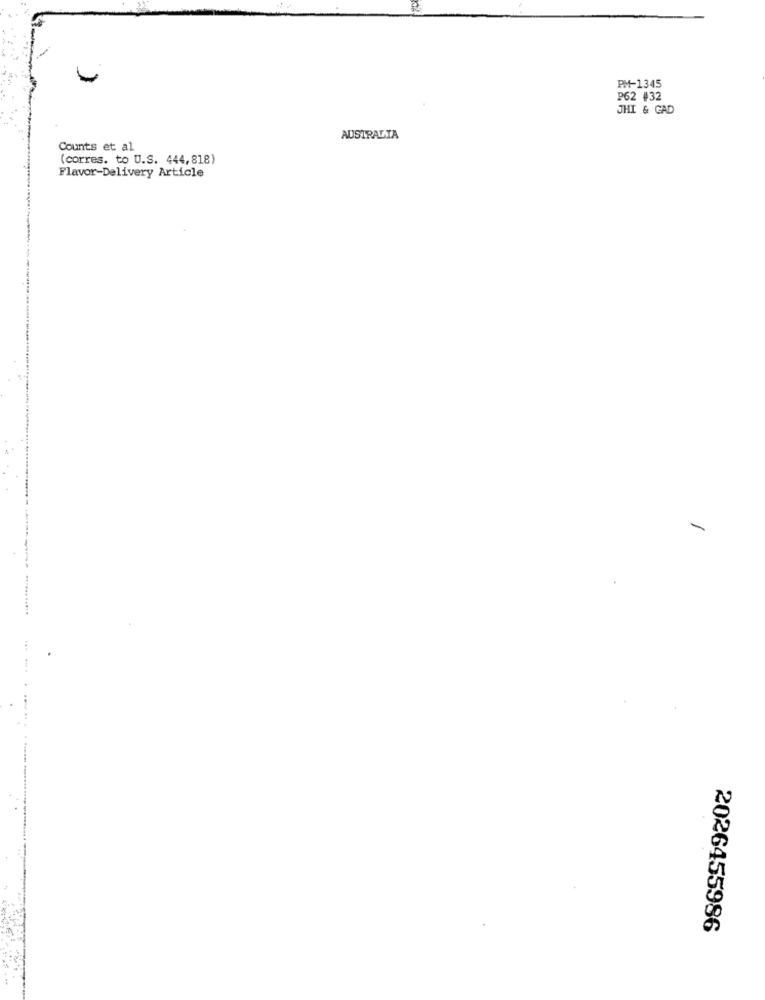
PM-1345
P62 #32
JHI & GAD
AUSTRALIA
Counts et al
(corres. to U.S. 444,818)
Flavor-Delivery Article
-
2026455986